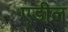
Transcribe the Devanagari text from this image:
एडील